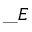
\_ E